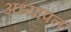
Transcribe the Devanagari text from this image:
अध्यापनं